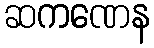
ဆကဏေန